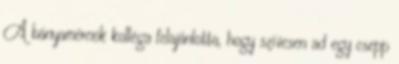
A bányamérnök kolléga felajánlotta, hogy szívesen ad egy csepp